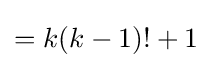
=k(k-1)!+1